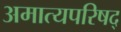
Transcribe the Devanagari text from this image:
अमात्यपरिषद्